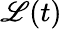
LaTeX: \mathscr{L}(t)